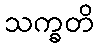
သက္ခတိ